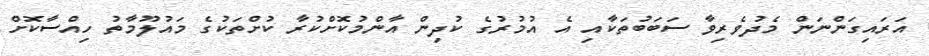
އަރައިގަންނަން މެދުވެރިވާ ސަބަބުތަކާއި އެ އުމުރުގެ ކުދިން އާންމުކޮށްކުރާ ކުށްތަކުގެ މައުލޫމާތު ހިއްސާކޮށް